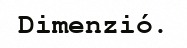
Dimenzió.